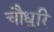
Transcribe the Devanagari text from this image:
चौधुरि